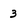
Character: 3